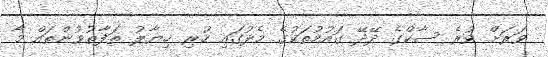
ވަރަށް ވުރެ ސާކްގެ ދޭދޭ ގައުމުތަކުގެ މެދުގައި ހުރި ޚިޔާލު ތަފާތުވުންތައް މާ